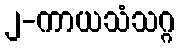
၂-ကာယသံသဂ္ဂ